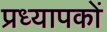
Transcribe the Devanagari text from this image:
प्रध्यापकों